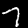
Label: 7